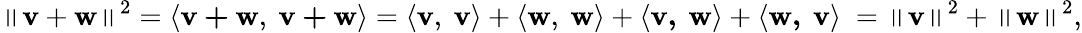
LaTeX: \left\| \mathbf{v}+\mathbf{w}\right\| ^{2}=\langle\mathbf{v+w},\ \mathbf{v+w}\rangle=\langle\mathbf{v},\ \mathbf{v}\rangle+\langle\mathbf{w},\ \mathbf{w}\rangle+\langle\mathbf{v,\ w}\rangle+\langle\mathbf{w,\ v}\rangle\ =\left\| \mathbf{v}\right\| ^{2}+\left\| \mathbf{w}\right\| ^{2},